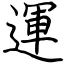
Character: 運